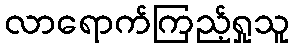
လာရောက်ကြည့်ရှုသူ